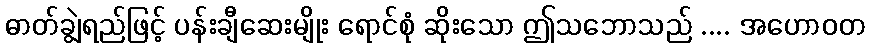
ဓာတ်ချွဲရည်ဖြင့် ပန်းချီဆေးမျိုး ရောင်စုံ ဆိုးသော ဤသဘောသည် .... အဟောဝတ